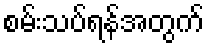
စမ်းသပ်ရန်အတွက်